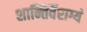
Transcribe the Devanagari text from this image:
शान्तिर्वैराग्यं